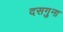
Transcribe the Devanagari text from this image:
दसगुना